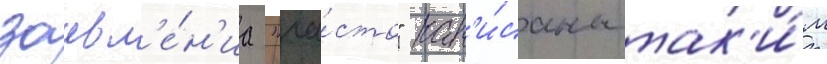
заавл'е́н'иа "ча́сто" нап'и́саны так'и́м